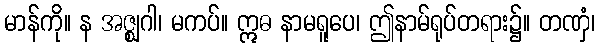
မာန်ကို။ န အဇ္ဈဂါ၊ မကပ်။ ဣဓ နာမရူပေ၊ ဤနာမ်ရုပ်တရား၌။ တဏှံ၊